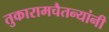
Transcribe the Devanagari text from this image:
तुकारामचैतन्यांनी